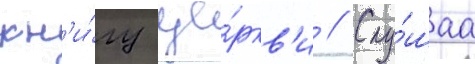
кн'и́гу це́ркв'и // Слу́шаа